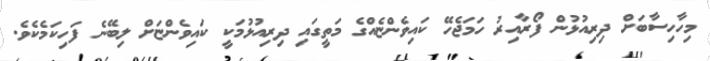
މިހާހިސާބަށް ދިރިއުޅުން ފޯރާއިރު ހަމަޖެހޭ ކައިވެންޏެއްގެ މަތީގައި ދިރިއުޅުމަކީ ކައިވެންޏަށް ލިބޭނެ ފަހިކަމެކެވެ.